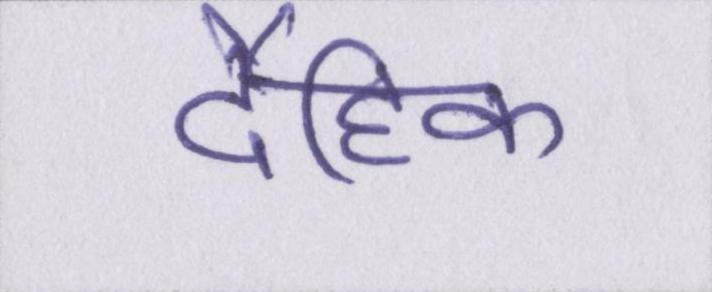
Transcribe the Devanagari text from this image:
दैहिक